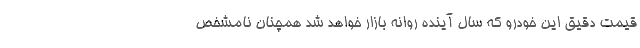
قیمت دقیق این خودرو که سال آینده روانه بازار خواهد شد همچنان نامشخص